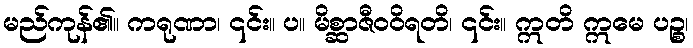
မည်ကုန်၏။ ကရုဏာ၊ ၎င်း။ ပ။ မိစ္ဆာဇီဝဝိရတိ၊ ၎င်း။ ဣတိ ဣမေ ပဉ္စ၊